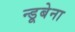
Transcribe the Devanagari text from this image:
न्डूबेना